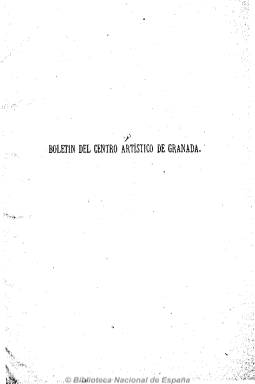
Título: Boletín del Centro Artístico de Granada
Colección: Arte
Ámbito geográfico: Granada
Lugar de publicación: Granada
Fechas: 01/10/1886-01/08/1924

Subtitulado como “publicación quincenal de bellas artes”, que después cambiará a “publicación quincenal ilustrada, de arte, letras y curiosidades granadinas”, es el órgano de prensa del Centro Artístico de Granada, para dar cuenta de sus diversas actividades (excursiones, clases de modelado, pintura, música, exposición permanente de bellas artes, biblioteca, etc.), y ser eco y fomentar el movimiento artístico de la ciudad, pero también para dar cuenta del mismo tanto de España como del extranjero.

Publica trabajos literarios e históricos de arte, pintura, arqueología, numismática, epigrafía indumentaria, etc., así como críticas y noticias. Dividido en diferentes secciones, comenzará cada número con una crónica del centro, y tendrá otras dedicadas a biografía y bibliografía, notas sueltas y teatro. Destacan dos colaboraciones de Federico García Lorca en 1917, una dedicada a Zorrilla y otra sobre música.

Estuvo dirigido por Diego Marín, que utilizó el seudónimo ‘Tejnofilo’. Se distribuía gratuitamente a los socios del centro, apareciendo los días 1 y 16 de cada mes, y a partir de mayo de 1890 su periodicidad fue mensual, con números de ocho páginas. Incluía anuncios comerciales. En la colección de la BNE faltan los años 1891 y 1894-1923. Al final de cada tomo incluye un índice de contenidos. La Universidad de Granada publicó en 1988 los índices completos de la colección elaborados por Mariano Martín García.